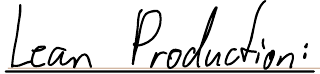
Lean Production: